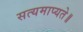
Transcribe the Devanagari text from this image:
सत्यमाप्यते॥